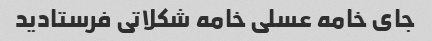
جای خامه عسلی خامه شکلاتی فرستادید